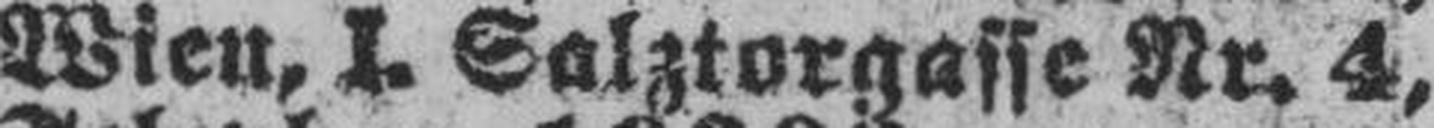
Wien, I. Salztorgasse Nr. 4,